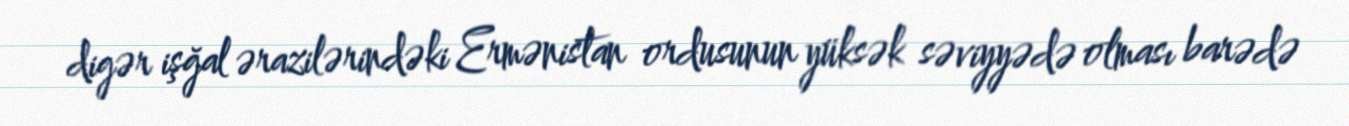
digər işğal ərazilərindəki Ermənistan ordusunun yüksək səviyyədə olması barədə